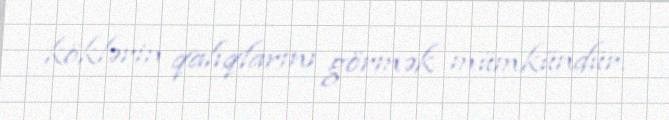
köklərin qalıqlarını görmək mümkündür.